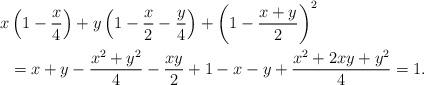
LaTeX: \begin{align*} x &\left(1-\frac{x}{4}\right)+y\left(1-\frac{x}{2}-\frac{y}{4}\right)+\left(1-\frac{x+y}{2}\right)^2\\&=x+y-\frac{x^2+y^2}{4}-\frac{xy}{2}+1-x-y+\frac{x^2+2xy+y^2}{4}=1.\end{align*}